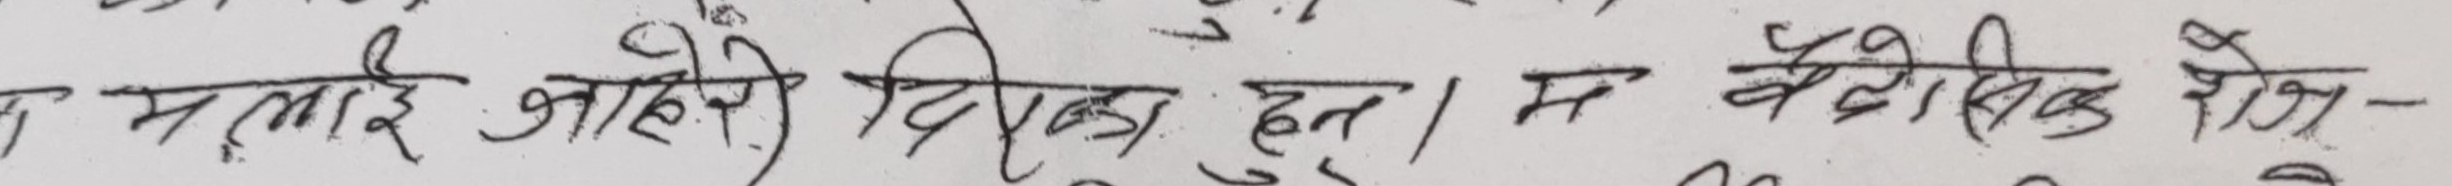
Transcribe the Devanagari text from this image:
म मलाई जानेदे दिनुस हुन् । म बैटिक रोक-